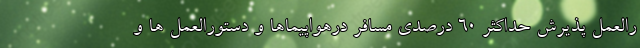
رالعمل پذیرش حداکثر ۶۰ درصدی مسافر درهواپیماها و دستورالعمل ها و